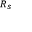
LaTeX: \scriptstyle { R _ { s } }